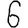
Digit: 6